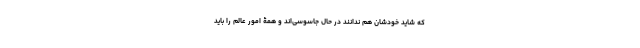
که شاید خودشان هم ندانند در حال جاسوسی‌اند و همۀ امور عالم را باید